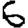
Digit: 6